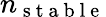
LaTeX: n_{\mathrm{~s~t~a~b~l~e~}}